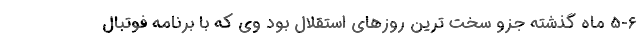
5-6 ماه گذشته جزو سخت ترین روزهای استقلال بود وی که با برنامه فوتبال